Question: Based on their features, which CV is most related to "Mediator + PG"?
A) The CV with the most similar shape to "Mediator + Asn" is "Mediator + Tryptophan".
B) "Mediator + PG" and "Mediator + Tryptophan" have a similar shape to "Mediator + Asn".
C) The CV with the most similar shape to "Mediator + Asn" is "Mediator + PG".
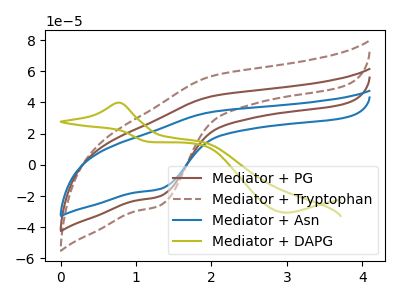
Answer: <think>The brown curve "Mediator + PG" has an anodic peak at (2.00V, 44.00uA) and a cathodic peak at (1.30V, -20.10uA). The brown dashed curve "Mediator + Tryptophan" has an anodic peak at (2.00V, 88.00uA) and a cathodic peak at (1.30V, -40.25uA). The blue curve "Mediator + Asn" has an anodic peak at (2.00V, 33.95uA) and a cathodic peak at (1.30V, -15.55uA). The olive curve "Mediator + DAPG" has an anodic peak at (0.80V, 39.90uA) and a cathodic peak at (3.00V, -30.65uA).
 All the peaks in "Mediator + PG" have a peak in "Mediator + Tryptophan" at the same potential. Every peak in "Mediator + PG" is lower than every peak in "Mediator + Tryptophan". All the peaks in "Mediator + PG" have a peak in "Mediator + Asn" at the same potential. Every peak in "Mediator + PG" is higher than every peak in "Mediator + Asn". "Mediator + PG" and "Mediator + DAPG" have at least one peak that do not match. All the peaks in "Mediator + Tryptophan" have a peak in "Mediator + Asn" at the same potential. Every peak in "Mediator + Tryptophan" is higher than every peak in "Mediator + Asn". "Mediator + Tryptophan" and "Mediator + DAPG" have at least one peak that do not match. "Mediator + Asn" and "Mediator + DAPG" have at least one peak that do not match.</think>
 <answer>B) "Mediator + PG" and "Mediator + Tryptophan" have a similar shape to "Mediator + Asn".</answer>
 <eval>B</eval>